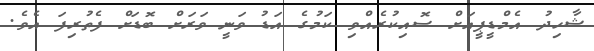
ޝާހިދު އެމްޑީޕީއަށް ސޮއިކުރެއްވި ކަމުގެ އަޑު ވަނީ ވަރަށް ބޮޑަށް ފެތުރިފަ އެވެ.